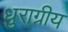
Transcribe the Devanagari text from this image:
धुराग्रीय